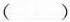
()